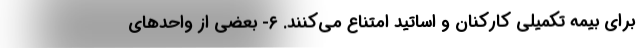
برای بیمه تکمیلی کارکنان و اساتید امتناع می‌کنند. ۶- بعضی از واحدهای